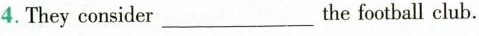
4. They consider ___ the football club.